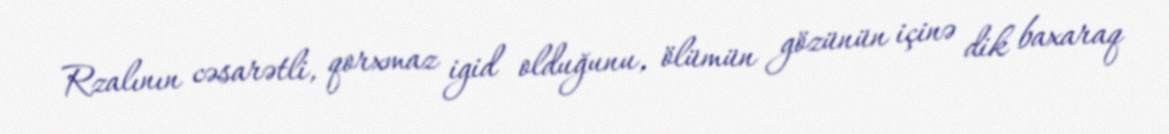
Rzalının cəsarətli, qorxmaz igid olduğunu, ölümün gözünün içinə dik baxaraq